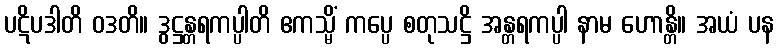
ပဋိပဒါတိ ဝဒတိ။ ဒွဋ္ဌန္တရကပ္ပါတိ ဧကသ္မိံ ကပ္ပေ စတုသဋ္ဌိ အန္တရကပ္ပါ နာမ ဟောန္တိ။ အယံ ပန